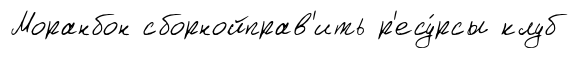
Моранбон сборнойправ'ить р'есу́рсы клуб